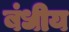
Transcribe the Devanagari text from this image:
बंधीय